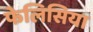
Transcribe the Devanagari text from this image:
फेलिसिया